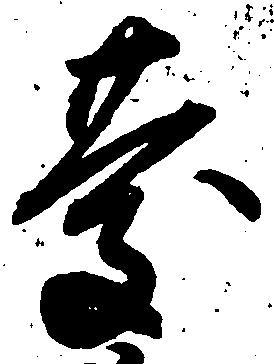
慶